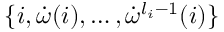
\{ i , \dot { \omega } ( i ) , \ldots , \dot { \omega } ^ { l _ { i } - 1 } ( i ) \}